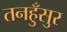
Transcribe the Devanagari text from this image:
तनहुँसुर